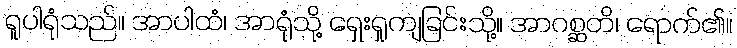
ရူပါရုံသည်။ အာပါထံ၊ အာရုံသို့ ရှေးရှုကျခြင်းသို့။ အာဂစ္ဆတိ၊ ရောက်၏။